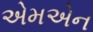
એમએન